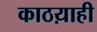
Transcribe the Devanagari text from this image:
काठय़ाही